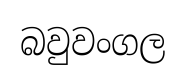
බවුවංගල